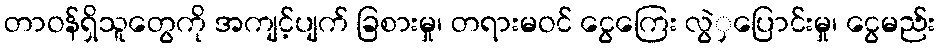
တာဝန်ရှိသူတွေကို အကျင့်ပျက် ခြစားမှု၊ တရားမဝင် ငွေကြေး လွဲှပြောင်းမှု၊ ငွေမည်း